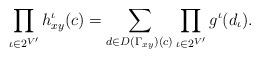
LaTeX: \begin{align*} \prod_{\iota \in 2^{V'}} h_{xy}^\iota(c) = \sum_{d \in D(\Gamma_{xy})(c)} \prod_{\iota \in 2^{V'}} g^{\iota}(d_\iota).\end{align*}